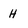
Character: H